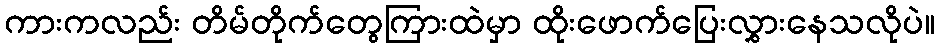
ကားကလည်း တိမ်တိုက်တွေကြားထဲမှာ ထိုးဖောက်ပြေးလွှားနေသလိုပဲ။